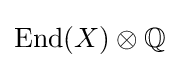
{\text{End}}(X)\otimes \mathbb {Q}